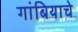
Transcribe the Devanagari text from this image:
गांबियाचे